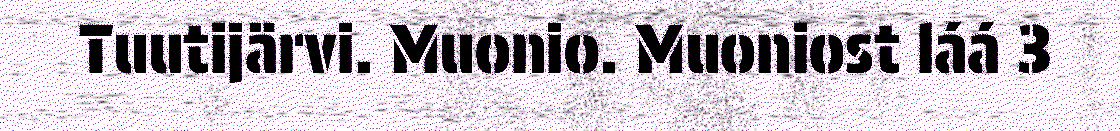
Tuutijärvi. Muonio. Muoniost láá 3